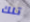
تلك